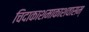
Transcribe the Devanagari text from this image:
चिदाकाशमाकाशवासम्